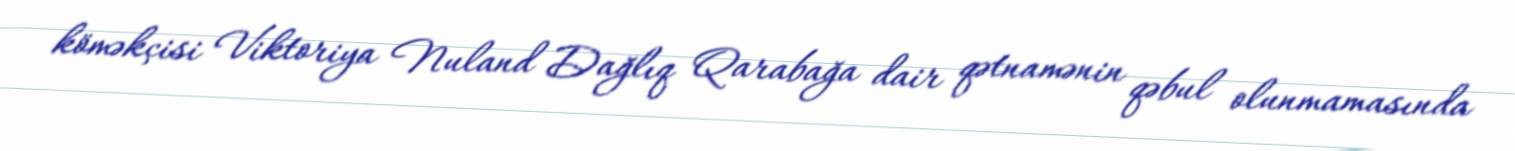
köməkçisi Viktoriya Nuland Dağlıq Qarabağa dair qətnamənin qəbul olunmamasında